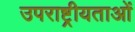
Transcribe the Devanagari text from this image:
उपराष्ट्रीयताओं